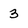
Character: 3